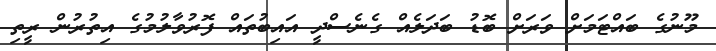
މޫނުގެ ބައްޓަމަށް ވަރަށް ބޮޑު ބަދަލެއް ގެނެސްދީ އައިބުތައް ފޮރުވާލުމުގެ އިތުރުން ރީތި